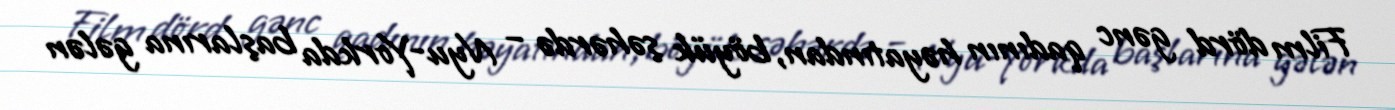
Film dörd gənc qadının həyatından, böyük şəhərdə – Nyu-Yorkda başlarına gələn